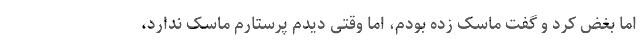
اما بغض کرد و گفت ماسک زده بودم، اما وقتی دیدم پرستارم ماسک ندارد،